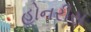
હોનરીસ